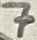
Text: 7